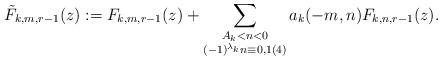
LaTeX: \begin{align*}\tilde{F}_{k,m,r-1}(z) := F_{k,m,r-1}(z) +\sum_{\substack{A_k < n < 0\\(-1)^{\lambda_k}n \equiv 0,1(4)}}a_k(-m,n)F_{k,n,r-1}(z).\end{align*}